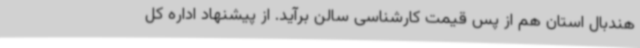
هندبال استان هم از پس قیمت کارشناسی سالن برآید. از پیشنهاد اداره کل